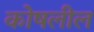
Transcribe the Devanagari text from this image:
कोषलील